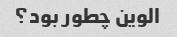
الوین چطور بود؟